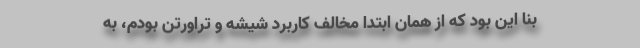
بنا این بود که از همان ابتدا مخالف کاربرد شیشه و تراورتن بودم، به